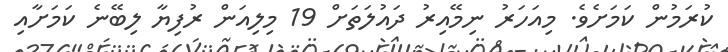
ކުރަމުން ކަމަށެވެ. މިއަހަރު ނިމޭއިރު ދައުލަތަށް 19 މިލިއަން ރުފިޔާ ލިބޭނެ ކަމަށާއި